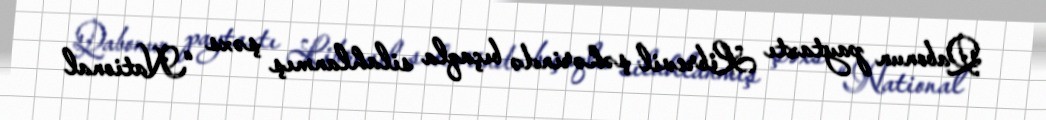
Qabonun paytaxtı Librevil şəhərində bıçaqla silahlanmış şəxs “National